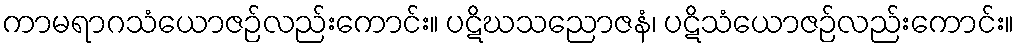
ကာမရာဂသံယောဇဉ်လည်းကောင်း။ ပဋိဃသညောဇနံ၊ ပဋိသံယောဇဉ်လည်းကောင်း။